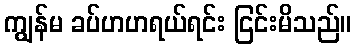
ကျွန်မ ခပ်ဟဟရယ်ရင်း ငြင်းမိသည်။